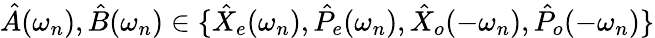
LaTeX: \hat{A}(\omega_{n}),\hat{B}(\omega_{n})\in\{ \hat{X}_{e}(\omega_{n}),\hat{P}_{e}(\omega_{n}),\hat{X}_{o}(-\omega_{n}),\hat{P}_{o}(-\omega_{n})\}